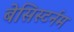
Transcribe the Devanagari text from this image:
बेसिस्टर्नम